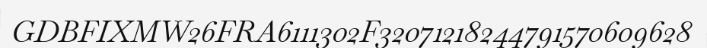
GDBFIXMW26FRA6111302F32071218244791570609628